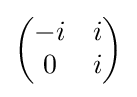
{\begin{pmatrix}-i&i\\0&i\end{pmatrix}}